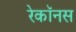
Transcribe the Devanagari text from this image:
रेकॉनस